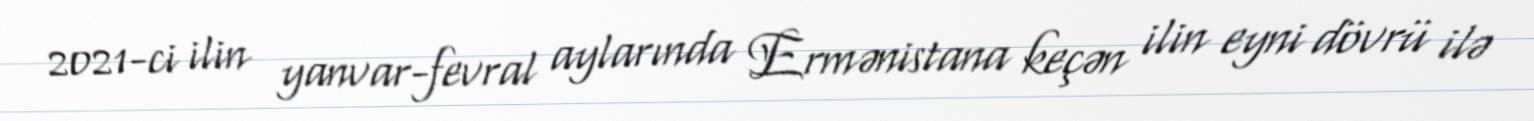
2021-ci ilin yanvar-fevral aylarında Ermənistana keçən ilin eyni dövrü ilə